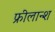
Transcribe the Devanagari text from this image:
फ्रीलान्श